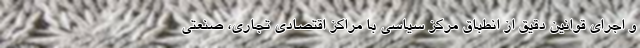
و اجرای قوانین دقیق از انطباق مرکز سیاسی با مراکز اقتصادی تجاری، صنعتی